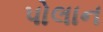
પોલાન